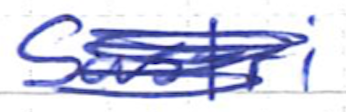
Text: Sastri
Cross-out: scratch
Writing tool: ballpoint